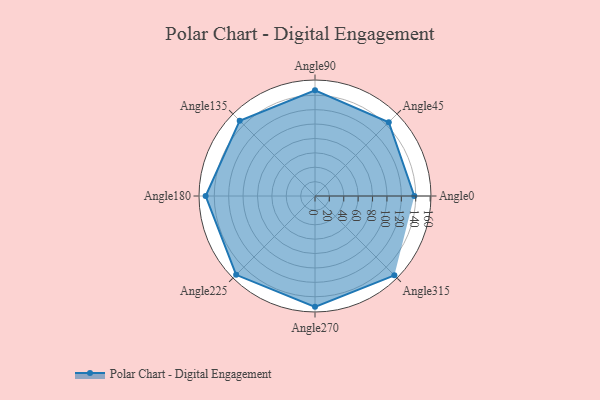
{"axis": {"x": "Angle", "y": "Radius"}, "legend": [""], "data": [{"x": "Angle0", "y": 138.0, "type": ""}, {"x": "Angle45", "y": 145.0, "type": ""}, {"x": "Angle90", "y": 147.0, "type": ""}, {"x": "Angle135", "y": 148.0, "type": ""}, {"x": "Angle180", "y": 152.0, "type": ""}, {"x": "Angle225", "y": 155.0, "type": ""}, {"x": "Angle270", "y": 154.0, "type": ""}, {"x": "Angle315", "y": 156.0, "type": ""}]}